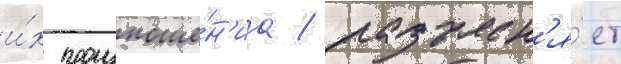
и́х произноше́н'иа / разъясн'я́ет